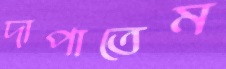
দাপাতেম